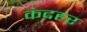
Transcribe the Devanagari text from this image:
कंदहर